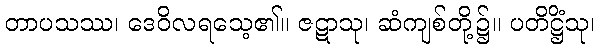
တာပသဿ၊ ဒေဝိလရသေ့၏။ ဇဋာသု၊ ဆံကျစ်တို့၌။ ပတိဋ္ဌိံသု၊